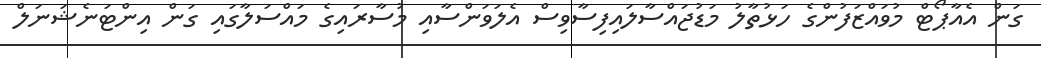
ގަން އެއާޕޯޓް މުވައްޒަފުންގެ ހަޅުތާލު މަޑުޖައްސާލައިފިސާވިސް އެލަވަންސާއި މުސާރައިގެ މައްސަލާގައި ގަން އިންޓަނެޝަނަލް